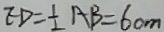
E D = \frac { 1 } { 2 } A B = 6 0 m